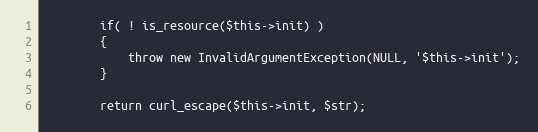
Language: PHP
        if( ! is_resource($this->init) )
        {
            throw new InvalidArgumentException(NULL, '$this->init');
        }

        return curl_escape($this->init, $str);